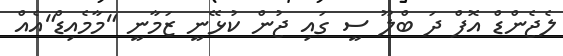
ލެޖެންޑް އޮފް ދަ ބްލޫ ސީ ގައި ޖުން ކުޅޭނީ ޒަމާނީ "މާމެއިޑް"އެއް